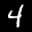
Label: 4